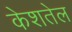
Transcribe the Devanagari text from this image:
केशतेल